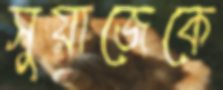
সুয়াজেকে